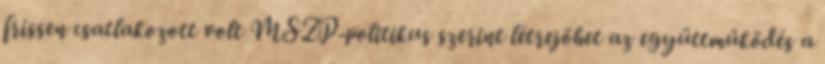
frissen csatlakozott volt MSZP-politikus szerint létrejöhet az együttműködés a